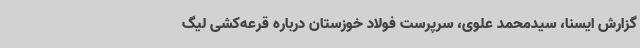
گزارش ایسنا، سیدمحمد علوی، سرپرست فولاد خوزستان درباره قرعه‌کشی لیگ